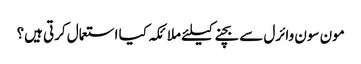
مون سون وائرل سے بچنےکیلئے ملائکہ کیا استعمال کرتی ہیں؟